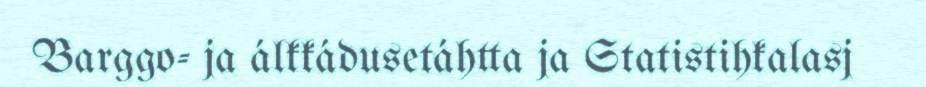
Barggo- ja álkkádusetáhtta ja Statistihkalasj